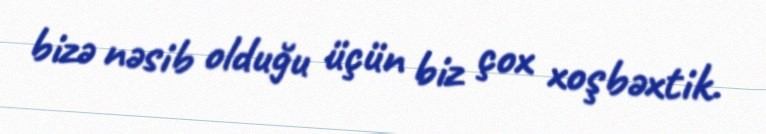
bizə nəsib olduğu üçün biz çox xoşbəxtik.